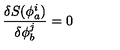
\frac { \delta S ( \phi _ { a } ^ { i } ) } { \delta \phi _ { b } ^ { j } } = 0